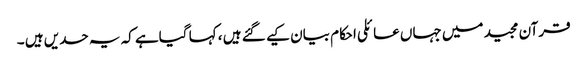
قرآن مجید میں جہاں عائلی احکام بیان کیے گئے ہیں ، کہا گیاہے کہ یہ حدیں ہیں ۔